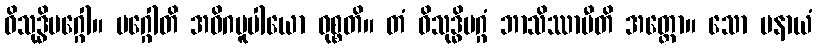
ဝိသုဒ္ဓိမဂ္ဂေါ။ မဂ္ဂေါတိ အဓိဂမူပါယော ဝုစ္စတိ။ တံ ဝိသုဒ္ဓိမဂ္ဂံ ဘာသိဿာမီတိ အတ္ထော။ သော ပနာယံ